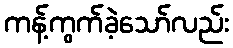
ကန့်ကွက်ခဲ့သော်လည်း